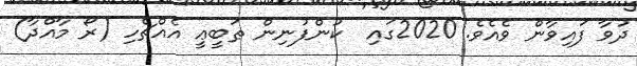
ދުވާ ފައިވާން ވެއެވެ. 2020ގައި  ކުންފުނިން ޠަބީޢީ އެއްޗެހި (ރޯ މާއްދާ)